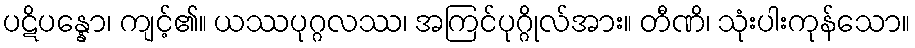
ပဋိပန္နော၊ ကျင့်၏။ ယဿပုဂ္ဂလဿ၊ အကြင်ပုဂ္ဂိုလ်အား။ တီဏိ၊ သုံးပါးကုန်သော။